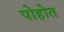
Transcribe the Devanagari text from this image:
पोहोत